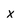
Character: x